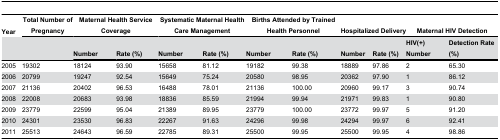
<table><thead><tr><td><b>Year</b></td><td><b>Total Number of Pregnancy</b></td><td colspan="2"><b>Maternal Health Service Coverage</b></td><td colspan="2"><b>Systematic Maternal Health Care Management</b></td><td colspan="2"><b>Births Attended by Trained Health Personnel</b></td><td colspan="2"><b>Hospitalized Delivery</b></td><td colspan="2"><b>Maternal HIV Detection</b></td></tr><tr><td></td><td></td><td><b>Number</b></td><td><b>Rate (%)</b></td><td><b>Number</b></td><td><b>Rate (%)</b></td><td><b>Number</b></td><td><b>Rate (%)</b></td><td><b>Number</b></td><td><b>Rate (%)</b></td><td><b>HIV(+) Number</b></td><td><b>Detection Rate (%)</b></td></tr></thead><tbody><tr><td>2005</td><td>19302</td><td>18124</td><td>93.90</td><td>15658</td><td>81.12</td><td>19182</td><td>99.38</td><td>18889</td><td>97.86</td><td>2</td><td>65.30</td></tr><tr><td>2006</td><td>20799</td><td>19247</td><td>92.54</td><td>15649</td><td>75.24</td><td>20580</td><td>98.95</td><td>20362</td><td>97.90</td><td>1</td><td>86.12</td></tr><tr><td>2007</td><td>21136</td><td>20402</td><td>96.53</td><td>16488</td><td>78.01</td><td>21136</td><td>100.00</td><td>20960</td><td>99.17</td><td>3</td><td>90.74</td></tr><tr><td>2008</td><td>22008</td><td>20683</td><td>93.98</td><td>18836</td><td>85.59</td><td>21994</td><td>99.94</td><td>21971</td><td>99.83</td><td>1</td><td>90.80</td></tr><tr><td>2009</td><td>23779</td><td>22599</td><td>95.04</td><td>21389</td><td>89.95</td><td>23779</td><td>100.00</td><td>23772</td><td>99.97</td><td>5</td><td>91.20</td></tr><tr><td>2010</td><td>24301</td><td>23530</td><td>96.83</td><td>22267</td><td>91.63</td><td>24296</td><td>99.98</td><td>24294</td><td>99.97</td><td>6</td><td>92.41</td></tr><tr><td>2011</td><td>25513</td><td>24643</td><td>96.59</td><td>22785</td><td>89.31</td><td>25500</td><td>99.95</td><td>25500</td><td>99.95</td><td>4</td><td>98.86</td></tr></tbody></table>